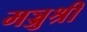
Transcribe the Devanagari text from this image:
मञ्जुश्री